Vaccination in Bombay 1863-1868 - 1863-1868
Year: 1863
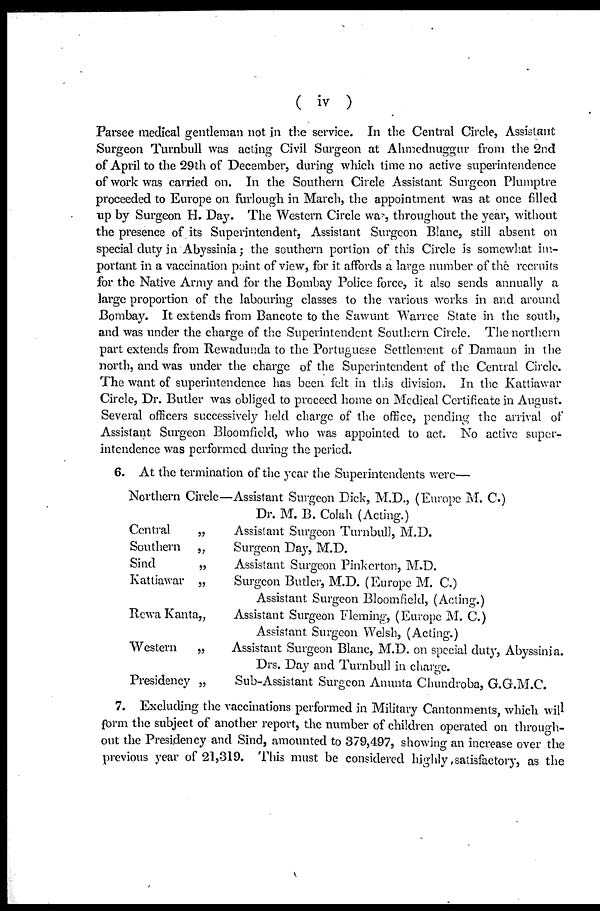
( iv )
Parsee medical gentleman not in the service. In the Central Circle, Assistant
Surgeon Turnbull was acting Civil Surgeon at Ahmednuggur from the 2nd
of April to the 29th of December, during which time no active superintendence
of work was carried on. In the Southern Circle Assistant Surgeon Plumptre
proceeded to Europe on furlough in March, the appointment was at once filled
up by Surgeon H. Day. The Western Circle was, throughout the year, without
the presence of its Superintendent, Assistant Surgeon Blanc, still absent on
special duty in Abyssinia; the southern portion of this Circle is somewhat im-
portant in a vaccination point of view, for it affords a large number of the recruits
for the Native Army and for the Bombay Police force, it also sends annually a
large proportion of the labouring classes to the various works in and around
Bombay. It extends from Bancote to the Sawunt Warree State in the south,
and was under the charge of the Superintendent Southern Circle. The northern
part extends from Rewadunda to the Portuguese Settlement of Damaun in the
north, and was under the charge of the Superintendent of the Central Circle.
The want of superintendence has been felt in this division. In the Kattiawar
Circle, Dr. Butler was obliged to proceed home on Medical Certificate in August.
Several officers successively held charge of the office, pending the arrival of
Assistant Surgeon Bloomfield, who was appointed to act. No active super-
intendence was performed during the period.
6. At the termination of the year the Superintendents were—
Northern Circle—Assistant Surgeon Dick, M.D., (Europe M. C.)
Dr. M. B. Colah (Acting.)
Central
„
Assistant Surgeon Turnbull, M.D.
Southern „
Surgeon Day, M.D.
Sind
„
Assistant Surgeon Pinkerton, M.D.
Kattiawar „
Surgeon Butler, M.D. (Europe M. C.)
Assistant Surgeon Bloomfield, (Acting.)
RewaKanta„
Assistant Surgeon Fleming, (Europe M. C.)
Assistant Surgeon Welsh, (Acting.)
Western
„
Assistant Surgeon Blanc, M.D. on special duty, Abyssinia.
Drs. Day and Turnbull in charge.
Presidency „
Sub-Assistant Surgeon Anunta Chundroba, G.G.M.C.
7. Excluding the vaccinations performed in Military Cantonments, which will
form the subject of another report, the number of children operated on through-
out the Presidency and Sind, amounted to 379,497, showing an increase over the
previous year of 21,319. This must be considered highly, satisfactory, as the